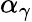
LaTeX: \alpha_{\gamma}